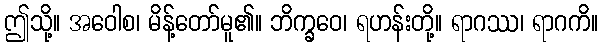
ဤသို့။ အဝေါစ၊ မိန့်တော်မူ၏။ ဘိက္ခဝေ၊ ရဟန်းတို့။ ရာဂဿ၊ ရာဂကိ။